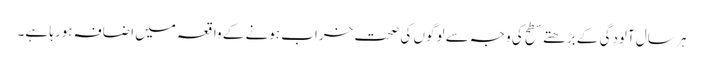
ہر سال آلودگی کے بڑھتے سطح کی وجہ سے لوگوں کی صحت خراب ہونے کے واقعہ میں اضافہ ہورہا ہے۔